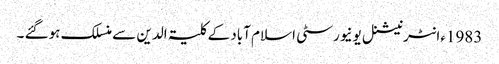
1983ءانٹرنیشنل یونیورسٹی اسلام آباد کے کلیۃ الدین سے منسلک ہوگئے ۔